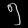
Digit: ၅